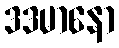
ဒဒမာနော